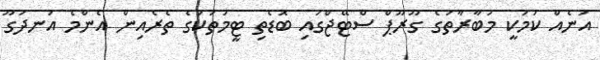
އަނެއް ކަމަކީ މުބާރާތުގެ ގޫރޫޕް ސްޓޭޖްގައި ބޮޑެތި ޓީމުތަކުގެ ތެރެއިން އެންމެ އުނދަގޫ